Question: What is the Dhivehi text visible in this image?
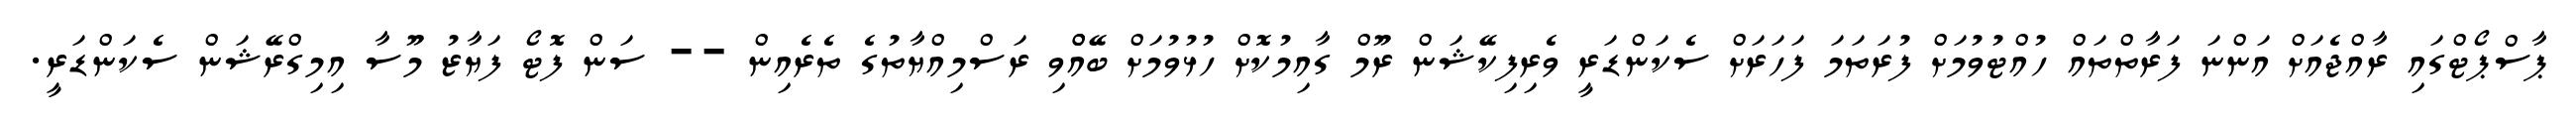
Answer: ޕާސްޕޯޓްގައި ރާއްޖެއަށް އަންނަ ފަރާތްތައް ހުއްޓުވުމަށް ފުރަތަމަ ފަހަރަށް ސެކަންޑަރީ ވެރިފިކޭޝަން ރޫމް ގާއިމުކޮށް ހުޅުވުމަށް ބޭއްްވި ރަސްމިއްޔާތުގެ ތެރެއިން -- ސަން ފޮޓޯ ފަޔާޒު މޫސާ އިމިގްރޭޝަން ސެކަންޑަރީ.